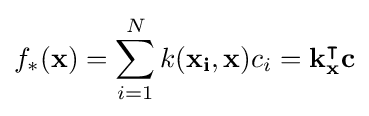
f_{*}(\mathbf {x} )=\sum \limits _{i=1}^{N}k(\mathbf {x_{i}} ,\mathbf {x} )c_{i}=\mathbf {k} _{\mathbf {x} }^{\intercal }\mathbf {c}